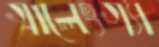
গালেংগ্যা